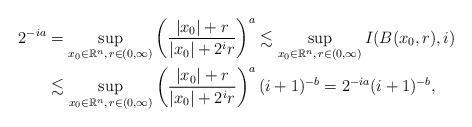
LaTeX: \begin{align*}2^{-ia}&=\sup_{x_0\in\mathbb{R}^n,\,r\in(0,\infty)}\left(\frac{|x_0|+r}{|x_0|+2^ir}\right)^a\lesssim\sup_{x_0\in\mathbb{R}^n,\,r\in(0,\infty)} I(B(x_0,r),i)\\&\lesssim\sup_{x_0\in\mathbb{R}^n,\,r\in(0,\infty)}\left(\frac{|x_0|+r}{|x_0|+2^ir}\right)^a(i+1)^{-b}=2^{-ia}(i+1)^{-b},\end{align*}